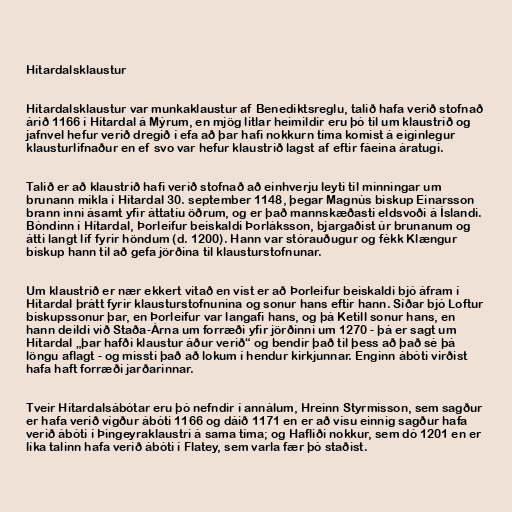
Hítardalsklaustur

Hítardalsklaustur var munkaklaustur af Benediktsreglu, talið hafa verið stofnað
árið 1166 í Hítardal á Mýrum, en mjög litlar heimildir eru þó til um klaustrið og
jafnvel hefur verið dregið í efa að þar hafi nokkurn tíma komist á eiginlegur
klausturlifnaður en ef svo var hefur klaustrið lagst af eftir fáeina áratugi.

Talið er að klaustrið hafi verið stofnað að einhverju leyti til minningar um
brunann mikla í Hítardal 30. september 1148, þegar Magnús biskup Einarsson
brann inni ásamt yfir áttatíu öðrum, og er það mannskæðasti eldsvoði á Íslandi.
Bóndinn í Hítardal, Þorleifur beiskaldi Þorláksson, bjargaðist úr brunanum og
átti langt líf fyrir höndum (d. 1200). Hann var stórauðugur og fékk Klængur
biskup hann til að gefa jörðina til klausturstofnunar.

Um klaustrið er nær ekkert vitað en víst er að Þorleifur beiskaldi bjó áfram í
Hítardal þrátt fyrir klausturstofnunina og sonur hans eftir hann. Síðar bjó Loftur
biskupssonur þar, en Þorleifur var langafi hans, og þá Ketill sonur hans, en
hann deildi við Staða-Árna um forræði yfir jörðinni um 1270 - þá er sagt um
Hítardal „þar hafði klaustur áður verið“ og bendir það til þess að það sé þá
löngu aflagt - og missti það að lokum í hendur kirkjunnar. Enginn ábóti virðist
hafa haft forræði jarðarinnar.

Tveir Hítardalsábótar eru þó nefndir í annálum, Hreinn Styrmisson, sem sagður
er hafa verið vígður ábóti 1166 og dáið 1171 en er að vísu einnig sagður hafa
verið ábóti í Þingeyraklaustri á sama tíma; og Hafliði nokkur, sem dó 1201 en er
líka talinn hafa verið ábóti í Flatey, sem varla fær þó staðist.